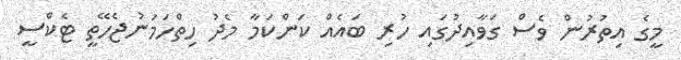
މީގެ އިތުރުން ވެސް ގަވާއިދުގައި ހުރި ބައެއް ކަންކަމާ މެދު ހިތްހަމަނުޖެހޭތީ ޓެކްސީ